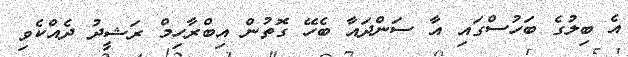
އެ ބިލުގެ ބަހުސްގައި އާ ސަންދައާ ބެހޭ ގޮތުން އިބްރާހިމް ރަޝީދު ދެއްކެވި